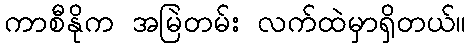
ကာစီနိုက အမြဲတမ်း လက်ထဲမှာရှိတယ်။